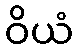
ဝိယံ